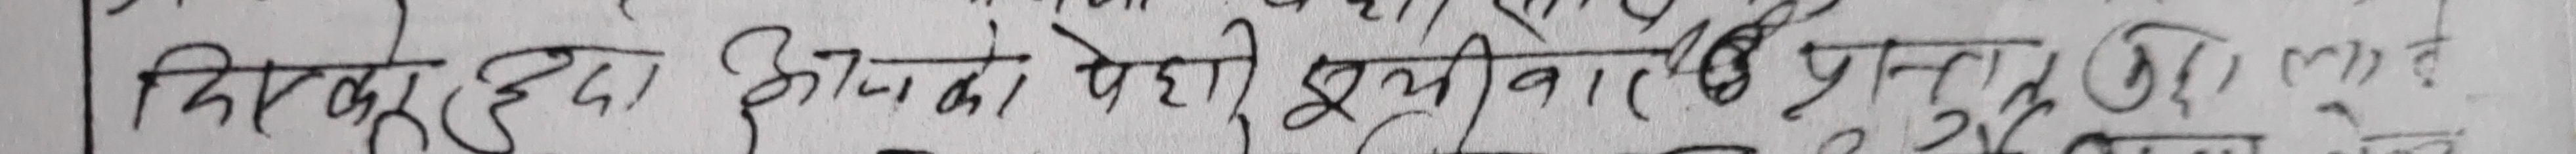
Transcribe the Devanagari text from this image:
चिरकुटेको आफ़ूको पहेली ईष्टी बात प्रस्तुत गते